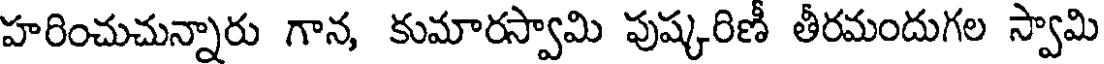
హరించుచున్నారు గాన, కుమారస్వామి పుష్కరిణీ తీరమందుగల స్వామి